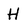
Character: H